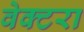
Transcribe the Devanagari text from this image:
वेक्टरा